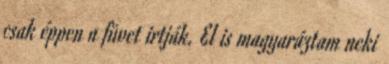
csak éppen a füvet irtják. El is magyaráztam neki